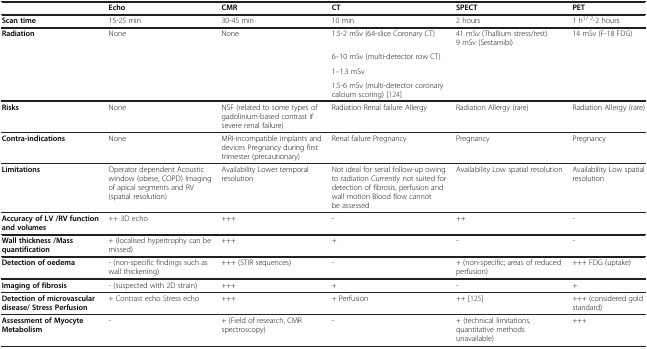
|  | Echo | CMR | CT | SPECT | PET |
 | --- | --- | --- | --- | --- | --- |
 | Scan time | 15-25 min | 30-45 min | 10 min | 2 hours | 1 h1/ 2-2 hours |
 | Radiation | None | None | 1.5-2 mSv (64-slice Coronary CT) | 41 mSv (Thallium stress/rest) 9 mSv (Sestamibi) | 14 mSv (F-18 FDG) |
 |  |  |  | 6–10 mSv (multi-detector row CT) |  |  |
 |  |  |  | 1–1.3 mSv |  |  |
 |  |  |  | 1.5-6 mSv (multi-detector coronary calcium scoring) [124] |  |  |
 | Risks | None | NSF (related to some types of gadolinium-based contrast if severe renal failure) | Radiation Renal failure Allergy | Radiation Allergy (rare) | Radiation Allergy (rare) |
 | Contra-indications | None | MRI-incompatible implants and devices Pregnancy during first trimester (precautionary) | Renal failure Pregnancy | Pregnancy | Pregnancy |
 | Limitations | Operator dependent Acoustic window (obese, COPD) Imaging of apical segments and RV (spatial resolution) | Availability Lower temporal resolution | Not ideal for serial follow-up owing to radiation Currently not suited for detection of fibrosis, perfusion and wall motion Blood flow cannot be assessed | Availability Low spatial resolution | Availability Low spatial resolution |
 | Accuracy of LV /RV function and volumes | ++ 3D echo | +++ | - | ++ | - |
 | Wall thickness /Mass quantification | + (localised hypertrophy can be missed) | +++ | + | - | - |
 | Detection of oedema | - (non-specific findings such as wall thickening) | +++ (STIR sequences) | - | + (non-specific; areas of reduced perfusion) | +++ FDG (uptake) |
 | Imaging of fibrosis | - (suspected with 2D strain) | +++ | + | - | + |
 | Detection of microvascular disease/ Stress Perfusion | + Contrast echo Stress echo | +++ | + Perfusion | ++ [125] | +++ (considered gold standard) |
 | Assessment of Myocyte Metabolism | - | + (Field of research, CMR spectroscopy) | - | + (technical limitations, quantitative methods unavailable) | +++ |